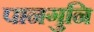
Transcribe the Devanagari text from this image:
पानगुनि